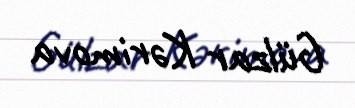
Gülzar Kərimova